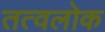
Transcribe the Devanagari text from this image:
तत्वलोक